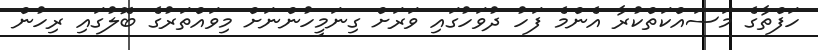
ހަފްތާގެ މަސައްކަތްކުރާ އެންމެ ފަހު ދުވަހުގައި ވަރަށް ގިނަމީހުންނަށް މިވައްތަރުގެ ބޮލުގައި ރިހުން